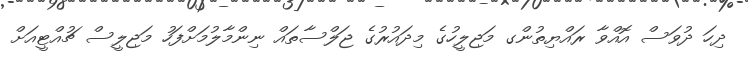
ދިހަ ދުވަސް އޮއްވާ ރައްޔިތުންގ މަޖިލީހުގެ މިދައުރުގެ ޖަލްސާތައް ނިންމާލުމަށްފަހު މަޖިލީސް ޗުއްޓީއަށް